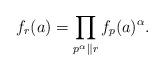
LaTeX: \begin{align*}f_r(a) = \prod_{p^\alpha \parallel r} f_p(a)^\alpha.\end{align*}